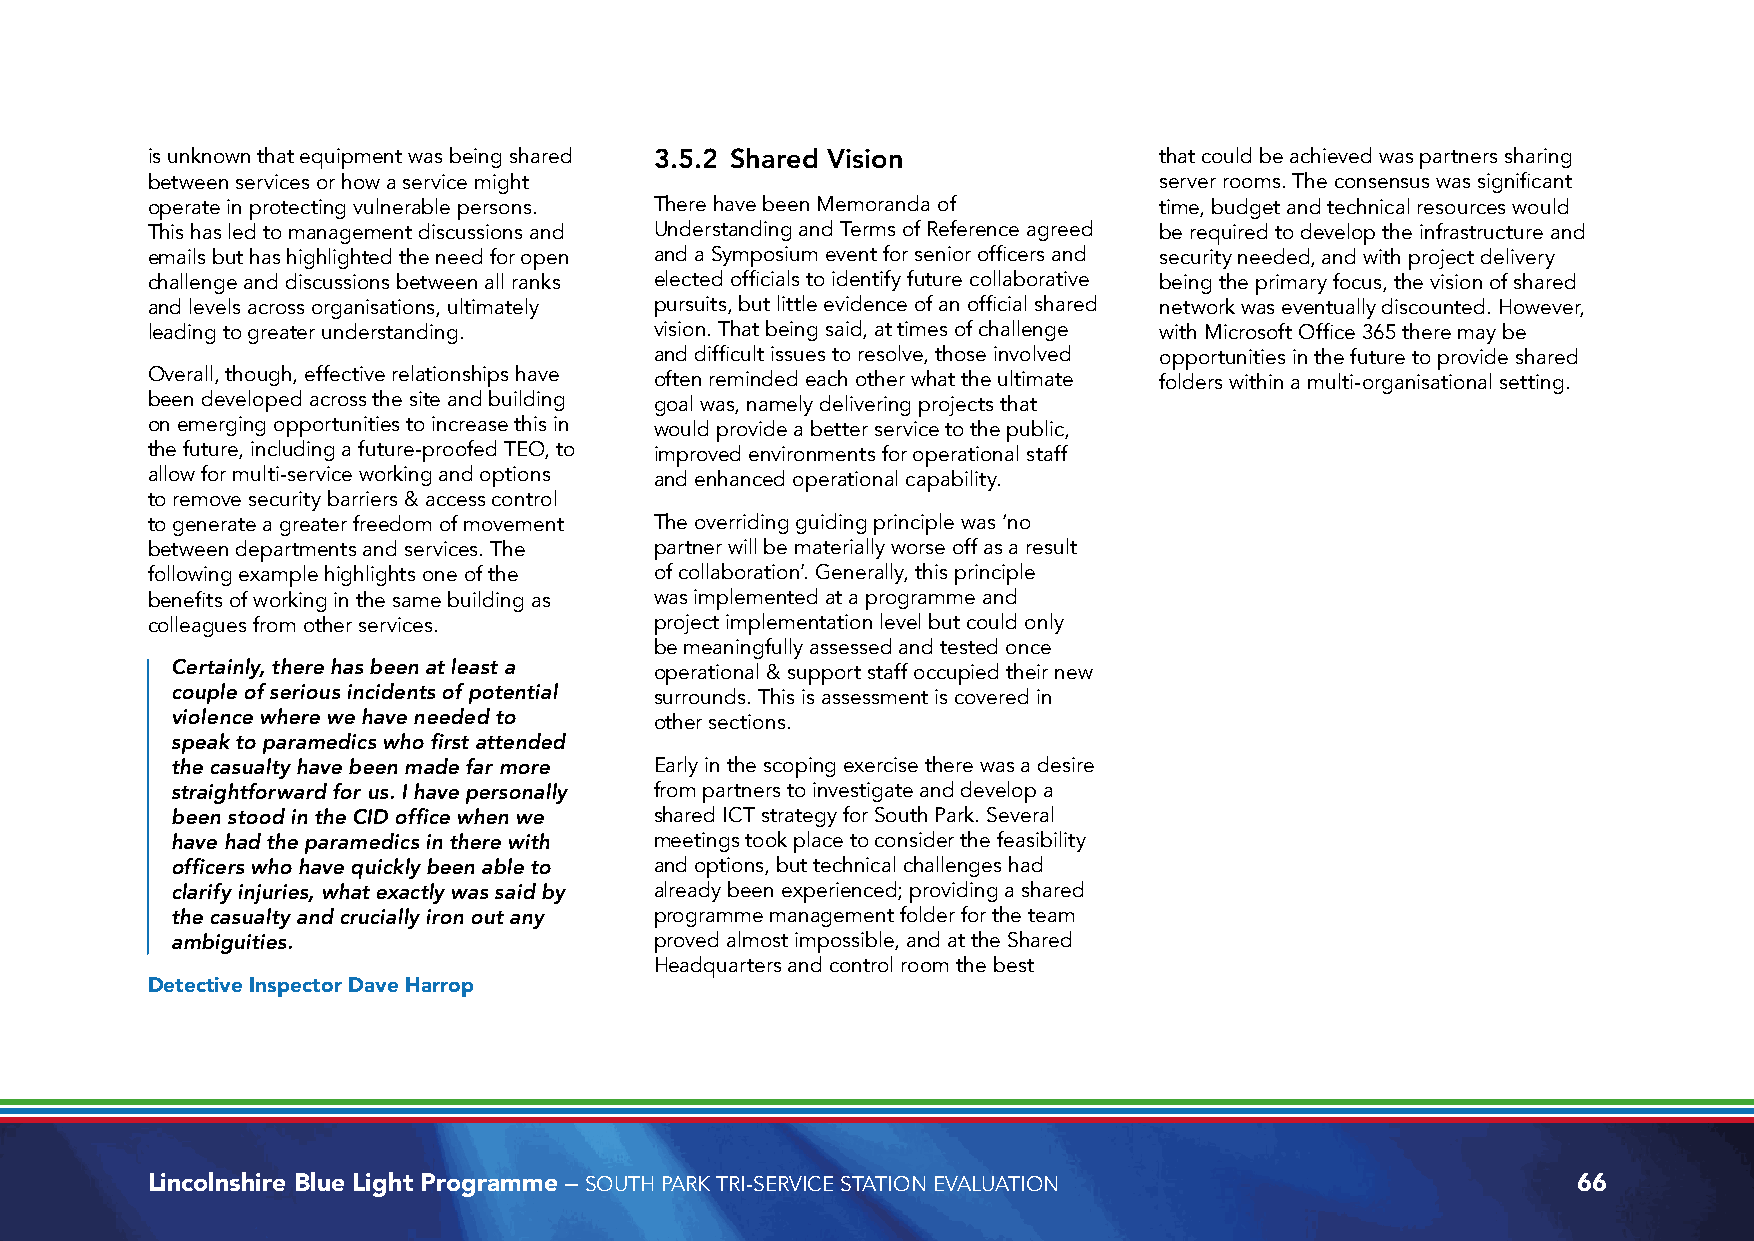
is unknown that equipment was being shared 3.5.2 Shared Vision     that could be achieved was partners sharing
 between services or how a service might                            server rooms. The consensus was significant
 operate in protecting vulnerable persons. There have been Memoranda of time, budget and technical resources would
 This has led to management discussions and Understanding and Terms of Reference agreed be required to develop the infrastructure and
 emails but has highlighted the need for open and a Symposium event for senior officers and security needed, and with project delivery
 challenge and discussions between all ranks elected officials to identify future collaborative being the primary focus, the vision of shared
 and levels across organisations, ultimately pursuits, but little evidence of an official shared network was eventually discounted. However,
 leading to greater understanding. vision. That being said, at times of challenge with Microsoft Office 365 there may be
 and difficult issues to resolve, those involved opportunities in the future to provide shared
 Overall, though, effective relationships have often reminded each other what the ultimate folders within a multi-organisational setting.
 been developed across the site and building goal was, namely delivering projects that
 on emerging opportunities to increase this in would provide a better service to the public,
 the future, including a future-proofed TEO, to improved environments for operational staff
 allow for multi-service working and options and enhanced operational capability.
 to remove security barriers & access control
 to generate a greater freedom of movement The overriding guiding principle was ‘no
 between departments and services. The partner will be materially worse off as a result
 following example highlights one of the of collaboration’. Generally, this principle
 benefits of working in the same building as was implemented at a programme and
 colleagues from other services.  project implementation level but could only
 be meaningfully assessed and tested once
 Certainly, there has been at least a operational & support staff occupied their new
 couple of serious incidents of potential surrounds. This is assessment is covered in
 violence where we have needed to other sections.
 speak to paramedics who first attended
 the casualty have been made far more Early in the scoping exercise there was a desire
 straightforward for us. I have personally from partners to investigate and develop a
 been stood in the CID office when we shared ICT strategy for South Park. Several
 have had the paramedics in there with meetings took place to consider the feasibility
 officers who have quickly been able to and options, but technical challenges had
 clarify injuries, what exactly was said by already been experienced; providing a shared
 the casualty and crucially iron out any programme management folder for the team
 ambiguities.                    proved almost impossible, and at the Shared
 Headquarters and control room the best
 Detective Inspector Dave Harrop
 Lincolnshire Blue Light Programme – SOUTH PARK TRI-SERVICE STATION EVALUATION                 66